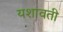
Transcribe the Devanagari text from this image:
यशावती